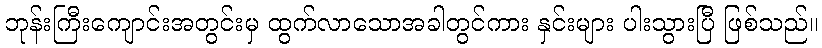
ဘုန်းကြီးကျောင်းအတွင်းမှ ထွက်လာသောအခါတွင်ကား နှင်းများ ပါးသွားပြီ ဖြစ်သည်။